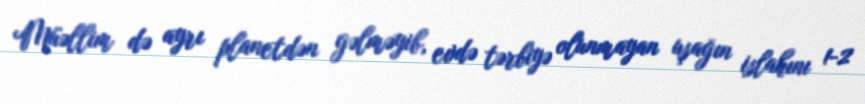
Müəllim də ayrı planetdən gəlməyib, evdə tərbiyə olunmayan uşağın islahını 1-2